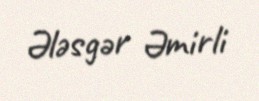
Ələsgər Əmirli